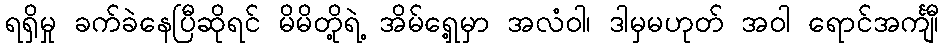
ရရှိမှု ခက်ခဲနေပြီဆိုရင် မိမိတို့ရဲ့ အိမ်ရှေ့မှာ အလံဝါ၊ ဒါမှမဟုတ် အဝါ ရောင်အင်္ကျီ၊